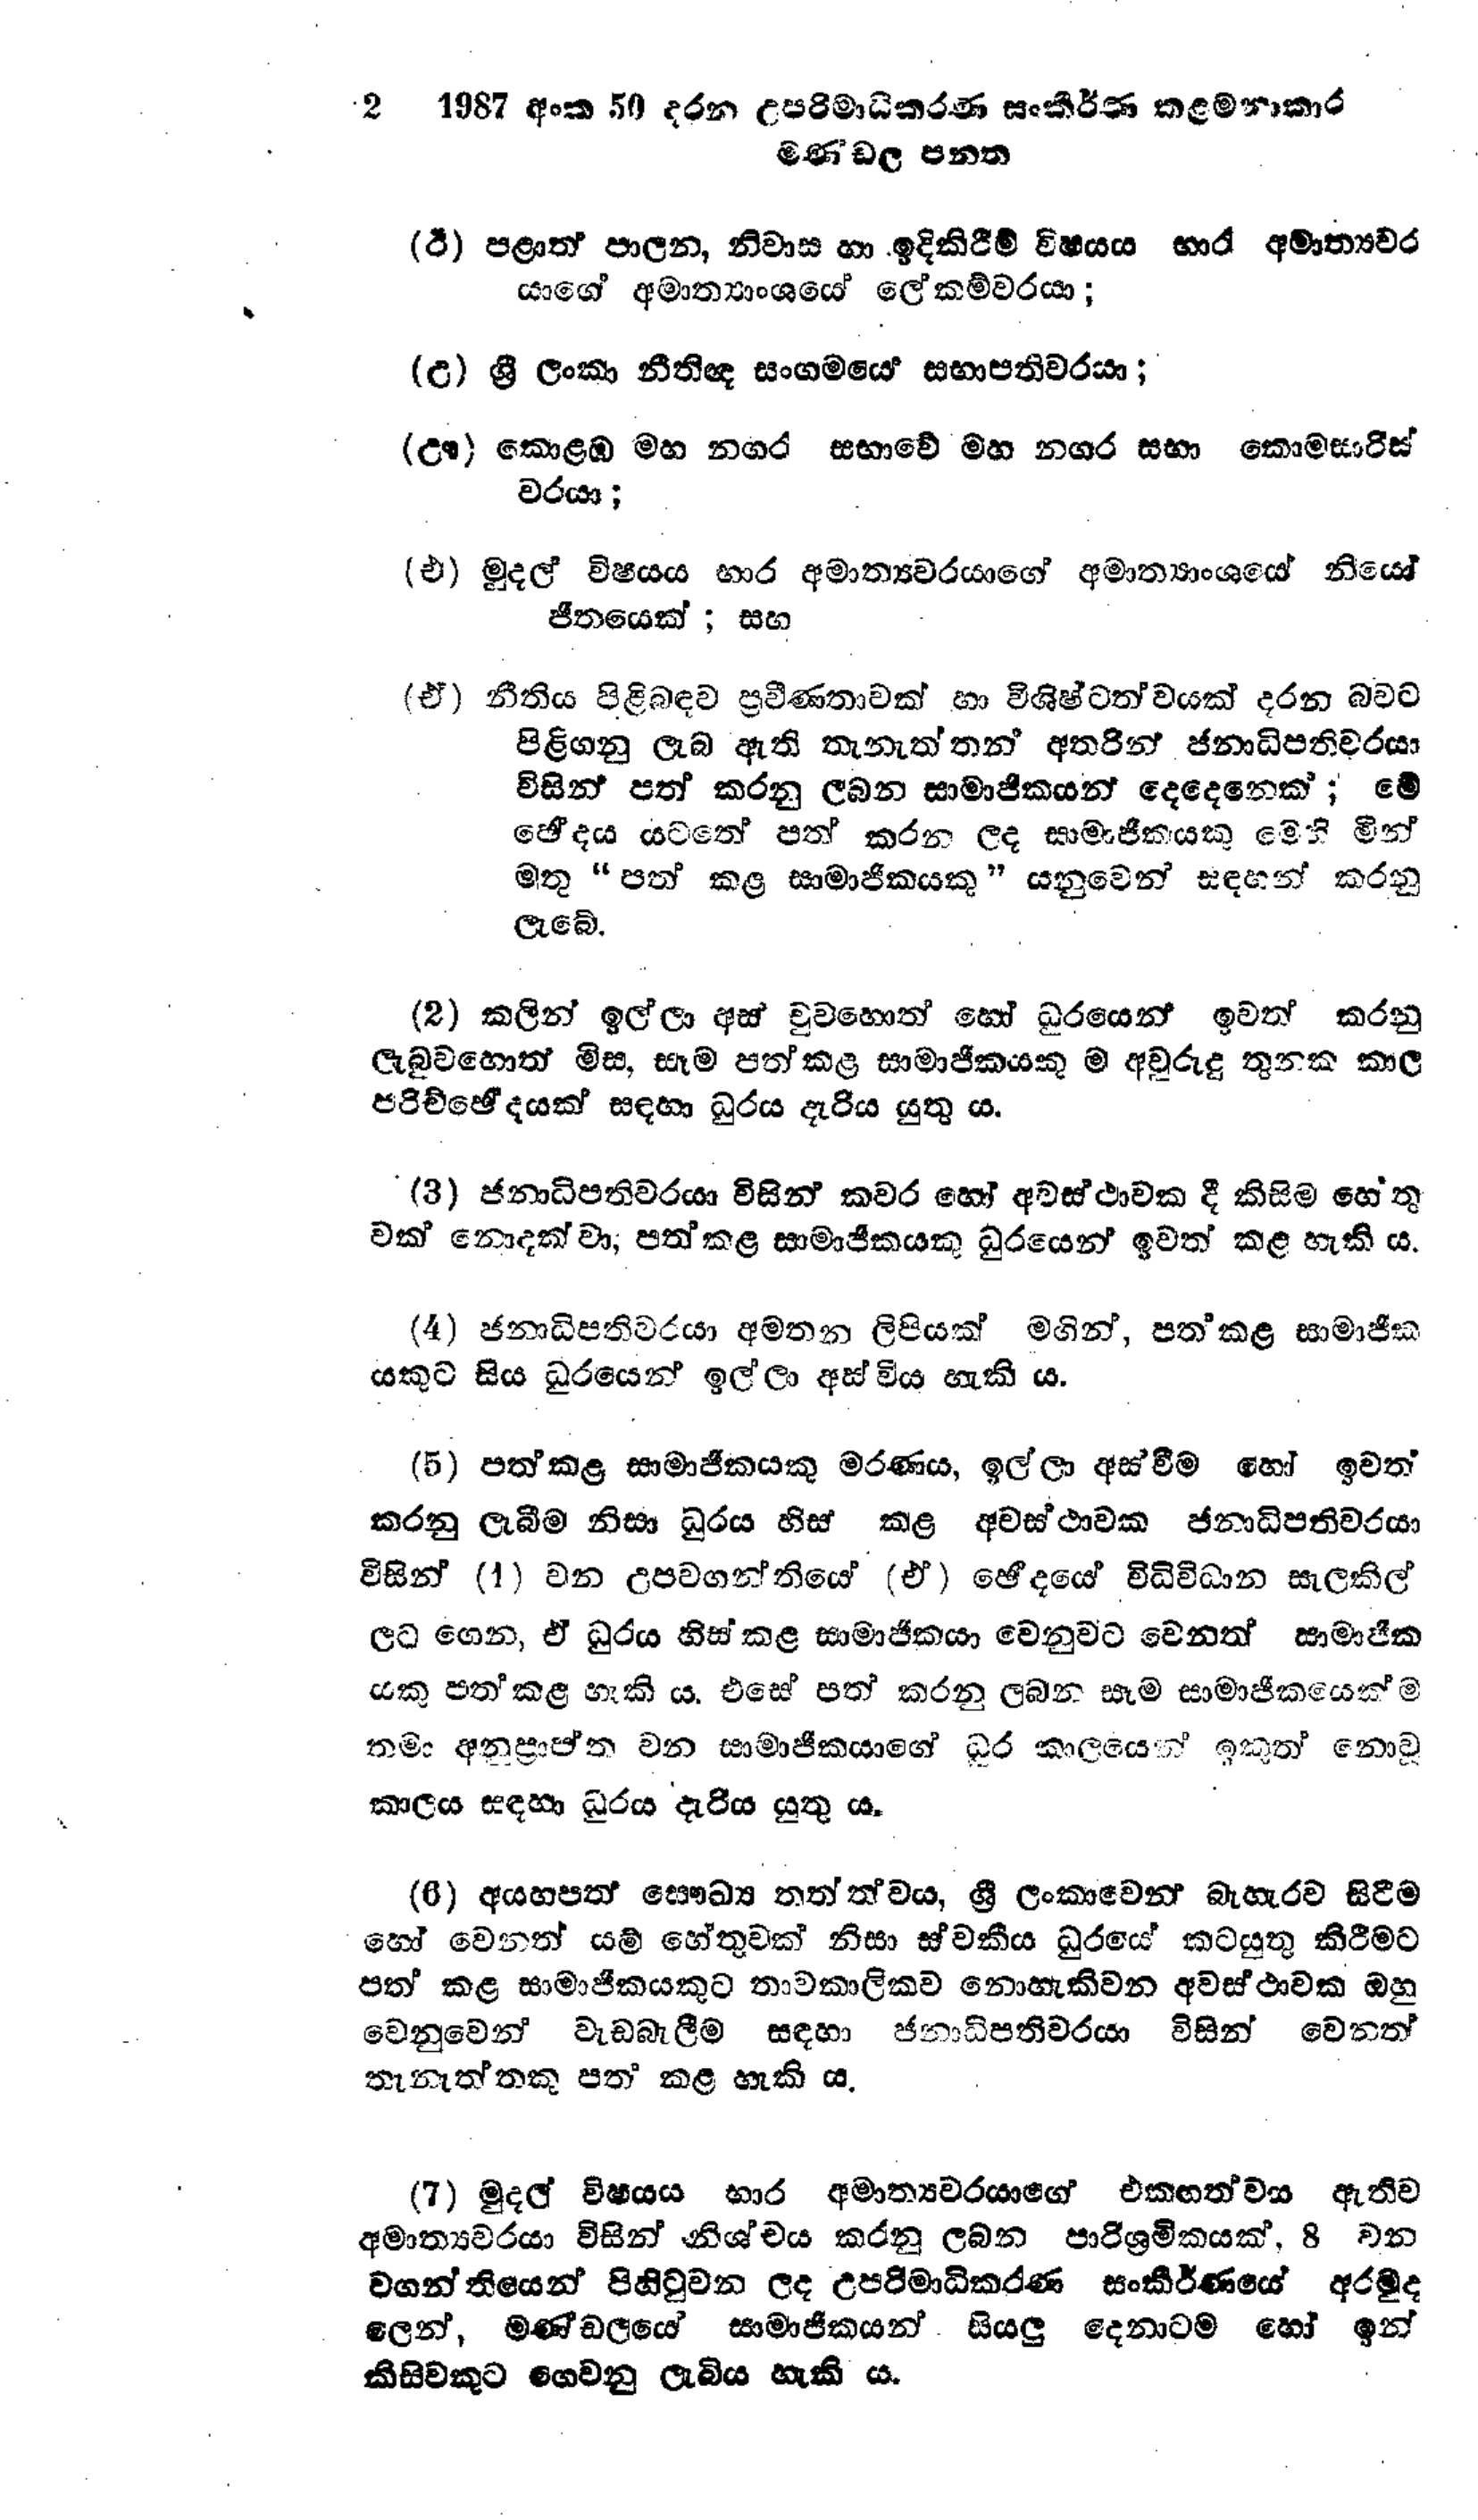
2 1987 අංක 50 දරන උපරිමාධිකරණ සංකීර්ණ කළමනාකාර
මණ්ඩල පනත

(ඊ) පළාත් පාලන, නිවාස හා ඉදිකිරීම් විෂයය භාර අමාත්‍යවර
යාගේ අමාත්‍යාංශයේ ලේකම්වරයා;

(උ) ශ්‍රී ලංකා නීතිඥ සංගමයෙ සභාපතිවරයා;

(ඌ) කොළඹ මහ නගර සභාවේ මහ නගර සභා කොමසාරිස්
වරයා ;

(එ) මුදල් විෂයය භාර අමාත්‍යවරයාගේ අමාත්‍යාංශයේ නියෝ
ජීතයෙක්; සහ

(ඒ) නීතිය පිළිබඳව ප්‍රවීණතාවක් හා විශිෂ්ටත්වයක් දරන බවට
පිළිගනු ලැබ ඇති තැනැත්තන් අතරින් ජනාධිපතිවරයා
විසින් පත් කරනු ලබන සාමාජිකයන් දෙදෙනෙක්; මේ
ඡේදය යටතේ පත් කරන ලද සාමාජිකයකු මෙහි මින්
මතු "පත් කළ සාමාජිකයකු " යනුවෙන් සඳහන් කරනු
ලැබේ.

(2) කලින් ඉල්ලා අස් වුවහොත් හෝ ධූරයෙන් ඉවත් කරනු
ලැබුවහොත් මිස, සෑම පත් කළ සාමාජිකයකු ම අවුරුදු තුනක කාල
පරිච්ඡෙදයක් සඳහා ධුරය දැරිය යුතු ය.

(3) ජනාධිපතිවරයා විසින් කවර හෝ අවස්ථාවක දී කිසිම හේතු
වක් නොදක්වා, පත් කළ සාමාජිකයකු ධුරයෙන් ඉවත් කළ හැකි ය.

(4) ජනාධිපතිවරයා අමතන ලිපියක් මගින්, පත් කළ සාමාජික
යකුට සිය ධුරයෙන් ඉල්ලා අස්විය හැකි ය.

(5) පත්කළ සාමාජිකයෙකු මරණය, ඉල්ලා අස්වීම හෝ ඉවත්
කරනු ලැබීම නිසා ධුරය හිස් කළ අවස්ථාවක ජනාධිපතිවරයා
විසින් (1) වන උපවගන්තියේ (ඒ) ඡේදයේ විධිවිධාන සැලකිල්
ලට ගෙන, ඒ ධුරය හිස් කළ සාමාජිකයා වෙනුවට වෙනත් සාමාජික
යකු පත් කළ හැකිය. එසේ පත් කරනු ලබන සෑම සාමාජිකයෙක්ම
තමා අනුප්‍රාප්ත වන සාමාජිකයාගේ ධූර කාලයෙන් ඉකුත් නොවූ
කාලය සඳහා ධුරය දැරිය යුතු ය.

(6) අයහපත් සෞඛ්‍ය තත්වය, ශ්‍රී ලංකාවෙන් බැහැරව සිටීම
හෝ වෙනත් යම් හේතුවක් නිසා ස්වකීය ධුරයේ කටයුතු කිරීමට
පත් කළ සාමාජිකයකුට තාවකාලිකව නොහැකි වන අවස්ථාවක ඔහු
වෙනුවෙන් වැඩබැලීම සඳහා ජනාධිපතිවරයා විසින් වෙනත්
තැනැත්තකු පත් කළ හැකි ය.

(7) මුදල් විෂයය භාර අමාත්‍යවරයාගේ එකඟත්වය ඇතිව
අමාත්‍යවරයා විසින් නිශ්චය කරනු ලබන පරිශ්‍රමිකයක්,8 වන
වගන්තියෙන් පිහිටුවන ලද උපරිමාධිකරණ සංකීර්ණයේ අරමුද
ලෙන්, මණ්ඩලයේ සාමාජිකයන් සියලු දෙනාටම හෝ ඉන්
කිසිවකුට ගෙවනු ලැබිය හැකි ය.